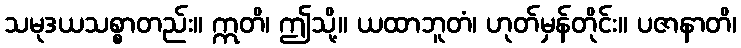
သမုဒယသစ္စာတည်း။ ဣတိ၊ ဤသို့။ ယထာဘူတံ၊ ဟုတ်မှန်တိုင်း။ ပဇာနာတိ၊